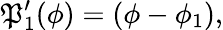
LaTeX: \mathfrak{P}_{1}^{\prime}(\phi)=\left(\phi-\phi_{1}\right),